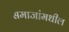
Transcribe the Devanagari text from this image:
समाजांमधील